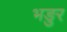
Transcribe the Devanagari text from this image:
भङुर